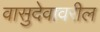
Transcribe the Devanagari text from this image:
वासुदेवावरील